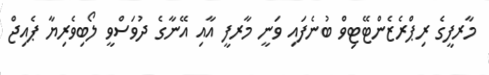
މާރފީގެ ރިޕްރެޒެންޓޭޓިވް ބުނެފައި ވަނީ މާރފީ އާއި އޭނާގެ ދުވަސްވީ ލޯބިވެރިޔާ ޕެއިޖް